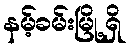
နမ့်ခမ်းမြို့ရှိ